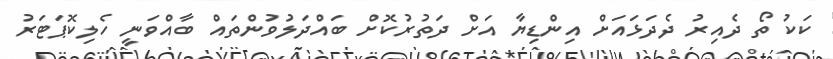
ކަކު ތޯ ދެއިރު ދެދަޅައަށް އިންޑިޔާ އަށް ދަތުރުކޮށް ބައްދަލުވުންތައް ބާއްވަނީ ހެލިކޮޕަޓަރު